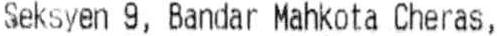
SEKSYEN 9, BANDAR MAHKOTA CHERAS,